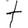
Digit: 7